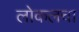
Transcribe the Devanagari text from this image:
लोकलचा